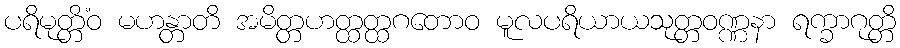
ပရိမုတ္တိံဝ မဟန္တာတိ အမိတ္တဟတ္ထတ္ထဂတောဝ မူလပရိယာယသုတ္တဝဏ္ဏနာ ရက္ခာဂုတ္တိ